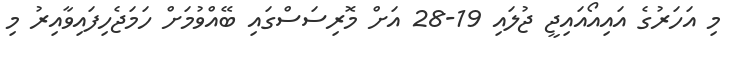
މި އަހަރުގެ އައިއޯއައިޖީ ޖުލައި 19-28 އަށް މޮރިސަސްގައި ބޭއްވުމަށް ހަމަޖެހިފައިވާއިރު މި